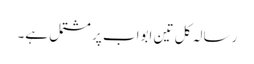
رسالہ کل تین ابواب پر مشتمل ہے۔